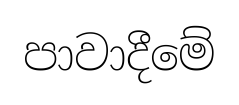
පාවාදීමේ